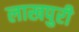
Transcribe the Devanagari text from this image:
लाखपुरी